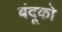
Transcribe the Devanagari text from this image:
बंदूको